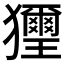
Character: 𤣔